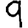
Digit: 9